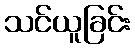
သင်ယူခြင်း